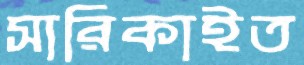
সারিকাইত